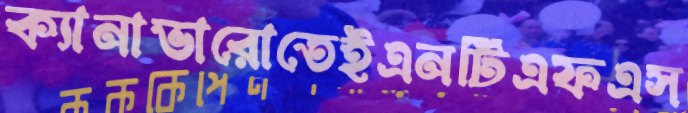
ক্যানাভারোতেইএনটিএফএস